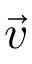
\vec { v }